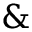
\&